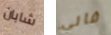
شابان فاني